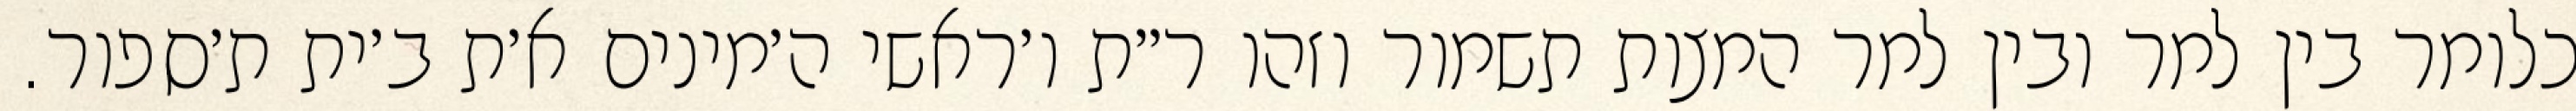
כלומר בין למר ובין למר המצות תשמור וזהו ר״ת ו׳ראשי ה׳מינים א׳ת ב׳ית ת׳ספור.